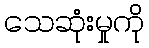
သေဆုံးမှုကို